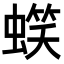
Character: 𧏣